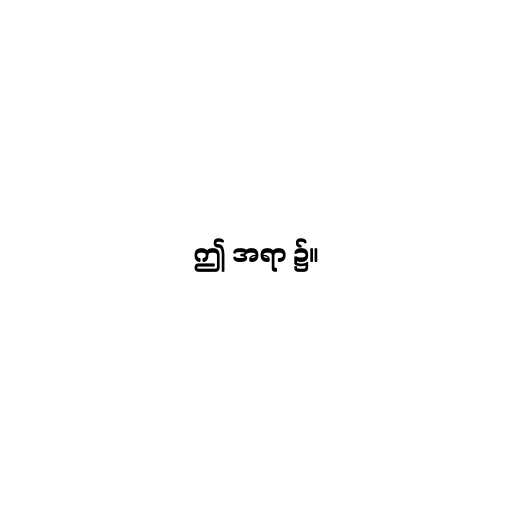
ဤ အရာ ၌။